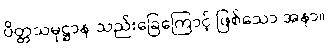
ပိတ္တသမုဋ္ဌာန-သည်းခြေကြောင့် ဖြစ်သော အနာ။